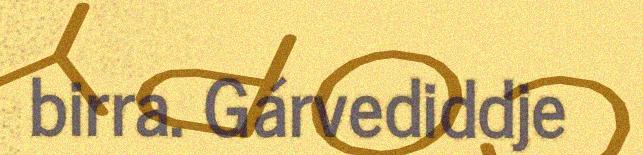
birra. Gárvediddje